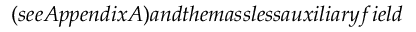
( s e e A p p e n d i x A ) a n d t h e m a s s l e s s a u x i l i a r y f i e l d